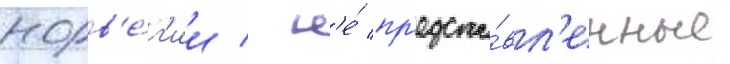
норв'е́г'ии / н'е́ пр'едста́вл'енные